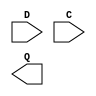
module DFF(input D, C, output Q);
endmodule